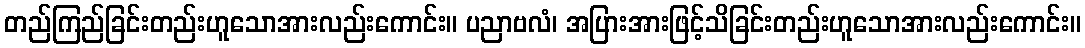
တည်ကြည်ခြင်းတည်းဟူသောအားလည်းကောင်း။ ပညာဗလံ၊ အပြားအားဖြင့်သိခြင်းတည်းဟူသောအားလည်းကောင်း။